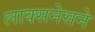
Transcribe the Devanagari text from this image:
लाक्सनेसने